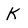
Character: K